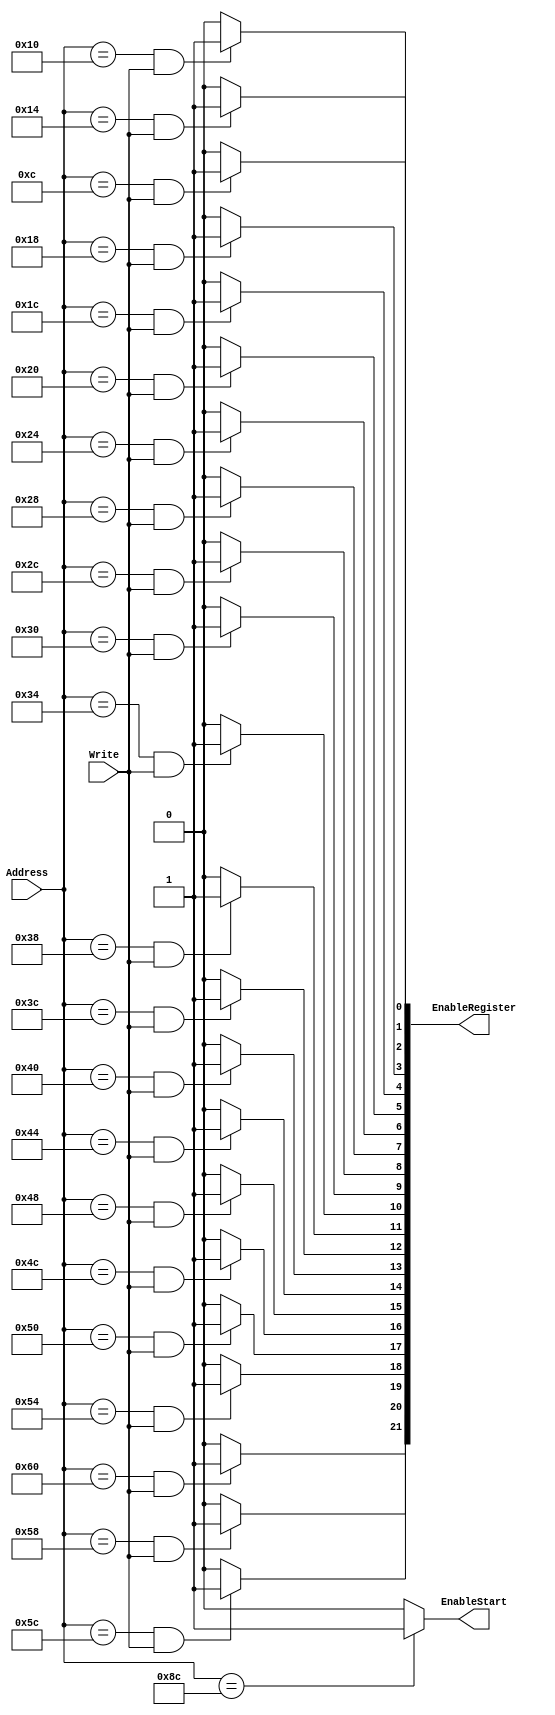
`timescale 1ns / 1ps
//////////////////////////////////////////////////////////////////////////////////
// Company: 
// Engineer: 
// 
// Design Name: 
// Module Name:    DecoEscrituraRegistros 
// Project Name: 
// Target Devices: 
// Tool versions: 
// Description: 
//
// Dependencies: 
//
// Revision: 
// Revision 0.01 - File Created
// Additional Comments: 
//
//////////////////////////////////////////////////////////////////////////////////
module DecoEscrituraRegistros(Address,Write,EnableStart,EnableRegister
 );
 
 input Write;
 input [8:0] Address;
 output    [21:0] EnableRegister ;
 output  EnableStart;
 


	assign EnableStart = (Address==9'h08C) ? 1'b1 : 1'b0 ;
	
	assign EnableRegister[0] = (Address==9'h00C)&Write ? 1'b1 : 1'b0 ;  // CoeffEntrenamiento0
	assign EnableRegister[1] = (Address==9'h010)&Write ? 1'b1 : 1'b0 ;  // CoeffEntrenamiento1
	assign EnableRegister[2] = (Address==9'h014)&Write ? 1'b1 : 1'b0 ;  // CoeffEntrenamiento2
	assign EnableRegister[3] = (Address==9'h018)&Write ? 1'b1 : 1'b0 ;  // CoeffEntrenamiento3
	assign EnableRegister[4] = (Address==9'h01C)&Write ? 1'b1 : 1'b0 ;  // CoeffEntrenamiento4
	assign EnableRegister[5] = (Address==9'h020)&Write ? 1'b1 : 1'b0 ;  // CoeffEntrenamiento5
	assign EnableRegister[6] = (Address==9'h024)&Write ? 1'b1 : 1'b0 ;  // CoeffEntrenamiento6
	assign EnableRegister[7] = (Address==9'h028)&Write ? 1'b1 : 1'b0 ;  // CoeffEntrenamiento7
	assign EnableRegister[8] = (Address==9'h02C)&Write ? 1'b1 : 1'b0 ;  // CoeffEntrenamiento8
	assign EnableRegister[9] = (Address==9'h030)&Write ? 1'b1 : 1'b0 ;  // CoeffEntrenamiento9
	assign EnableRegister[10] = (Address==9'h034)&Write ? 1'b1 : 1'b0;  // CoeffEntrenamiento10
	assign EnableRegister[11] = (Address==9'h038)&Write ? 1'b1 : 1'b0;  // CoeffEntrenamiento11
	assign EnableRegister[12] = (Address==9'h03C)&Write ? 1'b1 : 1'b0;  // CoeffEntrenamiento12
	assign EnableRegister[13] = (Address==9'h040)&Write ? 1'b1 : 1'b0;  // CoeffEntrenamiento13
	assign EnableRegister[14] = (Address==9'h044)&Write ? 1'b1 : 1'b0;  // CoeffEntrenamiento14
	assign EnableRegister[15] = (Address==9'h048)&Write ? 1'b1 : 1'b0;  // CoeffEntrenamiento15
	assign EnableRegister[16] = (Address==9'h04C)&Write ? 1'b1 : 1'b0;  // CoeffEntrenamiento16
	assign EnableRegister[17] = (Address==9'h050)&Write ? 1'b1 : 1'b0;  // CoeffEntrenamiento17
	assign EnableRegister[18] = (Address==9'h054)&Write ? 1'b1 : 1'b0;  // CoeffEntrenamiento18
	assign EnableRegister[19] = (Address==9'h058)&Write ? 1'b1 : 1'b0;  // CoeffEntrenamiento19
	
	assign EnableRegister[20] = (Address==9'h05C)&Write ? 1'b1 : 1'b0; // Coeficiente Offset
	
	assign EnableRegister[21] = (Address==9'h060)&Write ? 1'b1 : 1'b0; // Entrada

endmodule